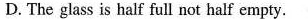
D. The glass is halr full not half empty